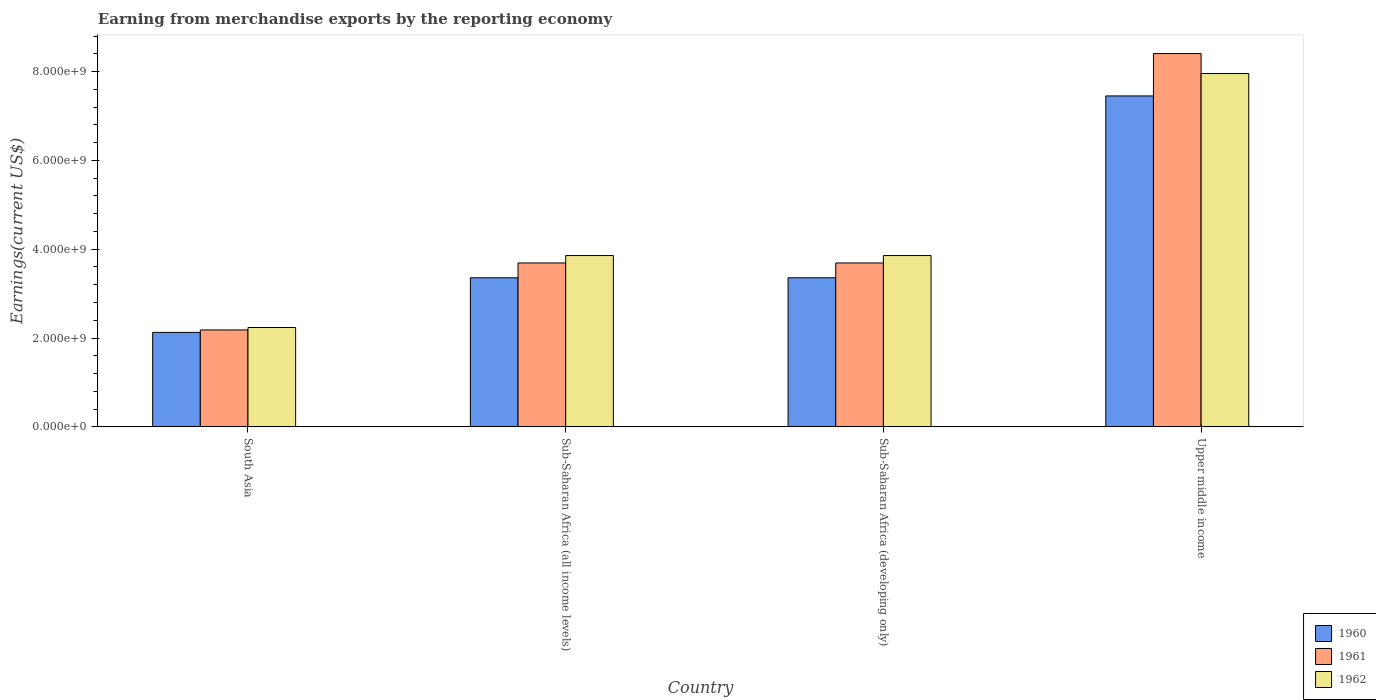
| Country | 1960 | 1961 | 1962 |
 | --- | --- | --- | --- |
 | South Asia | 2.13e+09 | 2.18e+09 | 2.24e+09 |
 | Sub-Saharan Africa (all income levels) | 3.36e+09 | 3.69e+09 | 3.86e+09 |
 | Sub-Saharan Africa (developing only) | 3.36e+09 | 3.69e+09 | 3.86e+09 |
 | Upper middle income | 7.45e+09 | 8.41e+09 | 7.96e+09 |